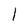
Character: 1